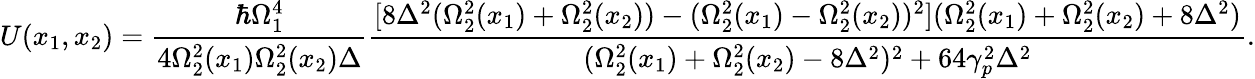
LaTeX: U(x_{1},x_{2})=\frac{\hbar\Omega_{1}^{4}}{4\Omega_{2}^{2}(x_{1})\Omega_{2}^{2}(x_{2})\Delta}\frac{[8\Delta^{2}(\Omega_{2}^{2}(x_{1})+\Omega_{2}^{2}(x_{2}))-(\Omega_{2}^{2}(x_{1})-\Omega_{2}^{2}(x_{2}))^{2}](\Omega_{2}^{2}(x_{1})+\Omega_{2}^{2}(x_{2})+8\Delta^{2})}{(\Omega_{2}^{2}(x_{1})+\Omega_{2}^{2}(x_{2})-8\Delta^{2})^{2}+64\gamma_{p}^{2}\Delta^{2}}.